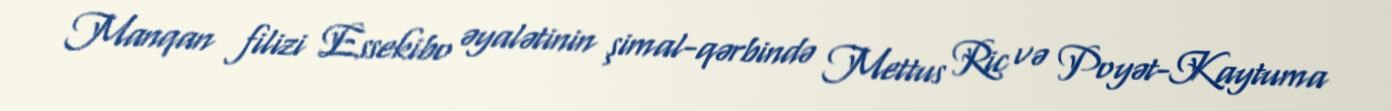
Manqan filizi Essekibo əyalətinin şimal-qərbində Mettus Ric və Poyət-Kaytuma